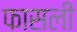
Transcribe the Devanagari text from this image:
फासली